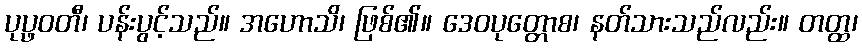
ပုပ္ဖဝတီ၊ ပန်းပွင့်သည်။ အဟောသိ၊ ဖြစ်၏။ ဒေဝပုတ္တောစ၊ နတ်သားသည်လည်း။ တတ္ထ၊